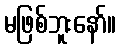
မဖြစ်ဘူးနော်။